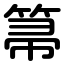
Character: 箒